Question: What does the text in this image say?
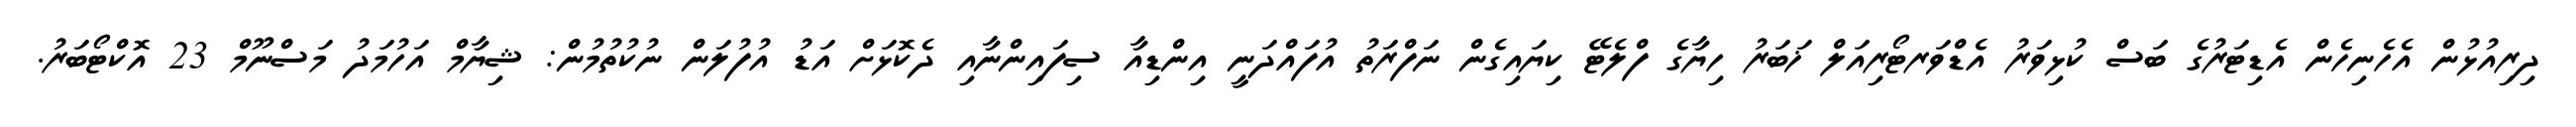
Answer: ދިރިއުޅުން އެހެނިހެން އެޑިޓަރުގެ ބަސް ކުޅިވަރު އެޑްވަރޓޯރިއަލް ޚަބަރު ހިޔާގެ ފްލެޓޭ ކިޔައިގެން ނަފްރަތު އުފައްދަނީ އިންޑިއާ ސިފައިންނާއި ދެކޮޅަށް އަޑު އުފުލަން ނުކުތުމުން: ޝިޔާމް އަހުމަދު މަސްނޫމް 23 އޮކްޓޯބަރު.